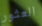
العثور